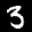
Label: 3